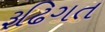
રૂઢિગત